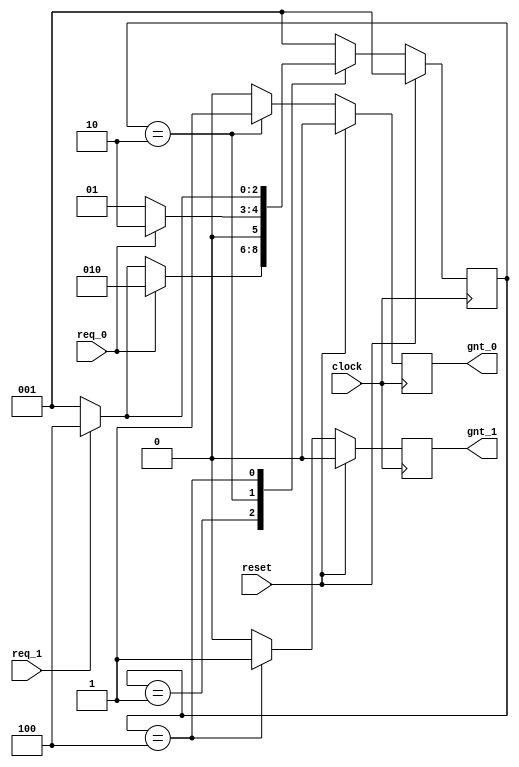
//-----------------------------------------------------
// This is FSM demo program using always block
// Design Name : fsm_using_always
//-----------------------------------------------------
module fsm_using_always (
clock      , // clock
reset      , // Active high, syn reset
req_0      , // Request 0
req_1      , // Request 1
gnt_0      , // Grant 0
gnt_1      
);
//-------------Input Ports-----------------------------
input   clock,reset,req_0,req_1;
 //-------------Output Ports----------------------------
output  gnt_0,gnt_1;
//-------------Input ports Data Type-------------------
wire    clock,reset,req_0,req_1;
//-------------Output Ports Data Type------------------
reg     gnt_0,gnt_1;
//-------------Internal Constants--------------------------
parameter SIZE = 3           ;
parameter IDLE  = 3'b001,GNT0 = 3'b010,GNT1 = 3'b100 ;
//-------------Internal Variables---------------------------
reg   [SIZE-1:0]          state        ;// Seq part of the FSM
reg   [SIZE-1:0]          next_state   ;// combo part of FSM
//----------Code startes Here------------------------
always @ (state or req_0 or req_1)
begin : FSM_COMBO
 next_state = 3'b000;
 case(state)
   IDLE : if (req_0 == 1'b1) begin
                next_state = GNT0;
              end else if (req_1 == 1'b1) begin
                next_state= GNT1;
              end else begin
                next_state = IDLE;
              end
   GNT0 : if (req_0 == 1'b1) begin
                next_state = GNT0;
              end else begin
                next_state = IDLE;
              end
   GNT1 : if (req_1 == 1'b1) begin
                next_state = GNT1;
              end else begin
                next_state = IDLE;
              end
   default : next_state = IDLE;
  endcase
end
//----------Seq Logic-----------------------------
always @ (posedge clock)
begin : FSM_SEQ
  if (reset == 1'b1) begin
    state <= #1 IDLE;
  end else begin
    state <= #1 next_state;
  end
end
//----------Output Logic-----------------------------
always @ (posedge clock)
begin : OUTPUT_LOGIC
if (reset == 1'b1) begin
  gnt_0 <= #1 1'b0;
  gnt_1 <= #1 1'b0;
end
else begin
  case(state)
    IDLE : begin
                  gnt_0 <= #1 1'b0;
                  gnt_1 <= #1 1'b0;
               end
   GNT0 : begin
                   gnt_0 <= #1 1'b1;
                   gnt_1 <= #1 1'b0;
                end
   GNT1 : begin
                   gnt_0 <= #1 1'b0;
                   gnt_1 <= #1 1'b1;
                end
   default : begin
                    gnt_0 <= #1 1'b0;
                    gnt_1 <= #1 1'b0;
                  end
  endcase
end
end // End Of Block OUTPUT_LOGIC

endmodule // End of Module arbiter